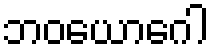
ဘဝယောဂေါ